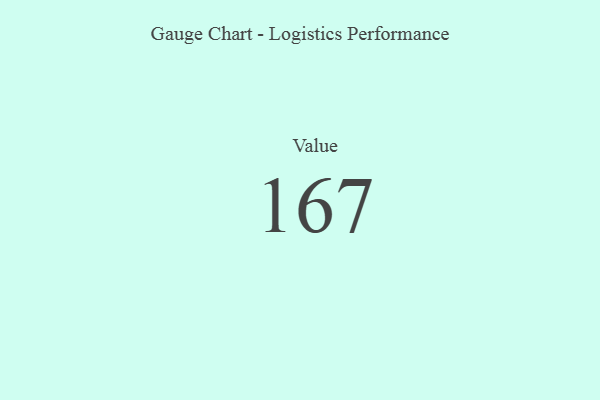
{"axis": {"x": "Metric", "y": "Value"}, "legend": [""], "data": [{"x": "Value", "y": 167, "type": ""}]}